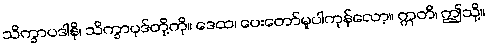
သိက္ခာပဒါနိ၊ သိက္ခာပုဒ်တို့ကို။ ဒေထ၊ ပေးတော်မူပါကုန်လော့။ ဣတိ၊ ဤသို့။